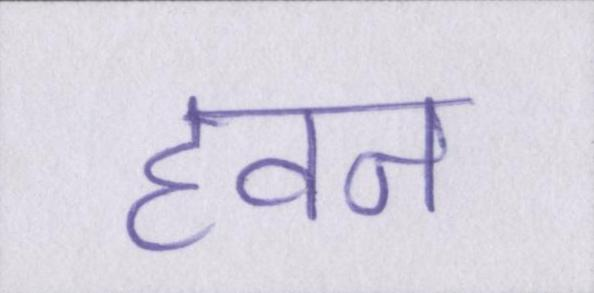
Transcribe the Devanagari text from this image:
हवन